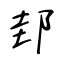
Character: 邽